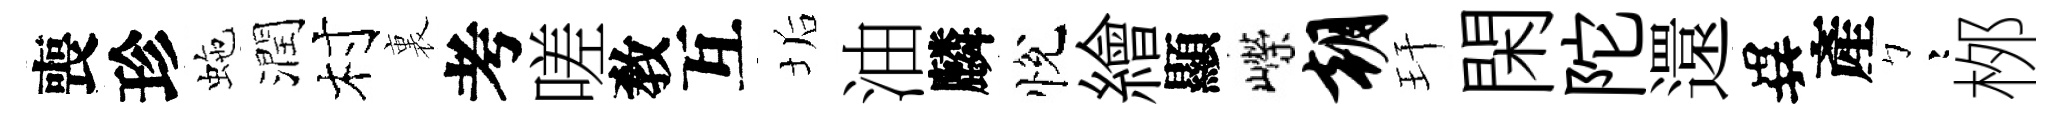
喪珍虵潤村裏考嗟敎互垢油麟悅繪顯嶸朝玕閑陀還異產彎桞